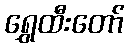
ရွှေထီးတော်